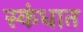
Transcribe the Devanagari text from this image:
स्कंधात